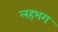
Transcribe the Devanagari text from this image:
लहभग